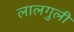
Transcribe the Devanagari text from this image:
लालगुली